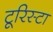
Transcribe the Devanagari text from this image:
टूरिस्टा